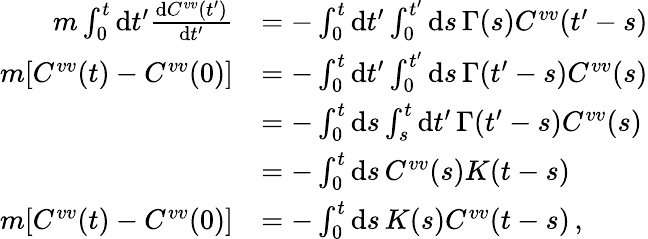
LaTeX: \begin{array}{rl}{m\int_{0}^{t}\mathrm{d}t^{\prime}\frac{\mathrm{d}C^{vv}(t^{\prime})}{\mathrm{d}t^{\prime}}}&{=-\int_{0}^{t}\mathrm{d}t^{\prime}\int_{0}^{t^{\prime}}\mathrm{d}s\, \Gamma(s)C^{vv}(t^{\prime}-s)}\\ {m[C^{vv}(t)-C^{vv}(0)]}&{=-\int_{0}^{t}\mathrm{d}t^{\prime}\int_{0}^{t^{\prime}}\mathrm{d}s\, \Gamma(t^{\prime}-s)C^{vv}(s)}\\ &{=-\int_{0}^{t}\mathrm{d}s\int_{s}^{t}\mathrm{d}t^{\prime}\, \Gamma(t^{\prime}-s)C^{vv}(s)}\\ &{=-\int_{0}^{t}\mathrm{d}s\, C^{vv}(s)K(t-s)}\\ {m[C^{vv}(t)-C^{vv}(0)]}&{=-\int_{0}^{t}\mathrm{d}s\, K(s)C^{vv}(t-s)\, ,}\end{array}